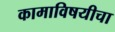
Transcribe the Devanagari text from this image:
कामाविषयीचा